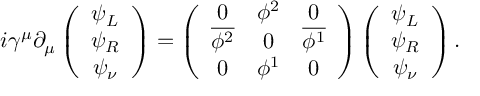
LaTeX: i \gamma ^ { \mu } \partial _ { \mu } \left( \begin{array} { c } { { \psi _ { L } } } \\ { { \psi _ { R } } } \\ { { \psi _ { \nu } } } \end{array} \right) = \left( \begin{array} { c c c } { { 0 } } & { { \phi ^ { 2 } } } & { { 0 } } \\ { { \overline { { { \phi ^ { 2 } } } } } } & { { 0 } } & { { \overline { { { \phi ^ { 1 } } } } } } \\ { { 0 } } & { { \phi ^ { 1 } } } & { { 0 } } \end{array} \right) \left( \begin{array} { c } { { \psi _ { L } } } \\ { { \psi _ { R } } } \\ { { \psi _ { \nu } } } \end{array} \right) .